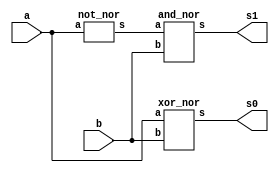
// ---------------------
// Guia 03_05 - Half Differ with NOR gate
// Nome: Alyson Deives
// ---------------------

// -------------------------------
// -- half differ with NOR gate
// ------------------------------

module halfdiffer_nor (s0, s1, a, b);
 output s0,s1;
 input  a, b;
 
  xor_nor XOR1 (s0,a,b);
  not_nor NOT1(temp1, a);
  and_nor AND1 (s1,temp1,b);

endmodule // halfdiffer_nor

// ---------------------
// -- xor with NOR gate
// ---------------------

module xor_nor (s, a, b);
 output s;
 input  a, b;
 wire temp1,temp2,temp3,temp4,temp5,temp6;
 
  nor NOR1 (temp1,b,b);
  nor NOR2 (temp2,a,a);
  nor NOR3 (temp3,a,temp1);
  nor NOR4 (temp4,b,temp2);
  nor NOR5 (temp5, temp3, temp4); 
  nor NOR6 (s, temp5, temp5); 
  
endmodule // xor_nor


// ---------------------
// -- and with NOR gate
// ---------------------

module and_nor (s, a, b);
 output s;
 input  a, b;
 wire temp1,temp2;
 
  nor NOR1 (temp1,a,a);
  nor NOR2 (temp2,b,b);
  nor NOR3 (s, temp1,temp2);

endmodule // and_nor

// ---------------------
// -- not with NOR gate
// ---------------------

module not_nor (s, a);
 output s;
 input  a;
 
  nor NOR1 (s,a,a);
  
endmodule // not_nor


// -----------------------------
// -- test halfdiffer_with_nor
// -----------------------------

module testhalfdiffer_nor;
 reg   a,b;
 wire  s0,s1;
          
// instancia
 halfdiffer_nor HD1 (s0,s1,a,b);
 
 initial begin:start
      a=0; b=0;
 end
 
 // parte principal
 initial begin:main
      $display("Guia 03_05 - Alyson Deives - 416589");
      $display("HALF DIFFER com portas NOR\n");
		$display("\nA - B = S\n");
      $monitor("%b - %b = %b%b", a, b, s1,s0);
  #1  a=0; b=1;
  #1  a=1; b=0;
  #1  a=1; b=1;
  end

endmodule // testhalfdiffer_nor